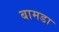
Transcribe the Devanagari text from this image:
बामडा